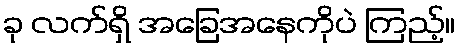
ခု လက်ရှိ အခြေအနေကိုပဲ ကြည့်။